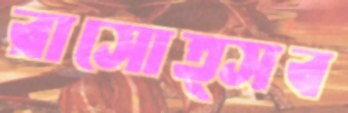
রাসোত্সব